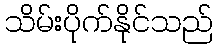
သိမ်းပိုက်နိုင်သည်